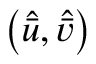
\left( \hat { \bar { u } } , \hat { \bar { v } } \right)